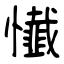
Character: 懴